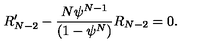
R _ { N - 2 } ^ { \prime } - \frac { N { \psi } ^ { N - 1 } } { ( 1 - { \psi } ^ { N } ) } R _ { N - 2 } = 0 .